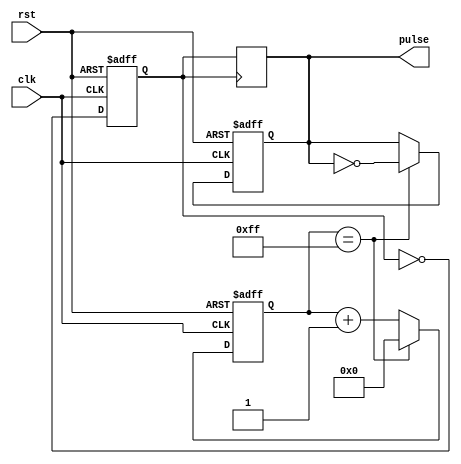
module pulse_generator(
    input clk, // Clock signal for synchronization
    input rst, // Reset signal
    output reg pulse // Output pulse signal
);

reg [7:0] counter; // Counter for pulse generation
reg sync; // Synchronization signal

// Timing control block
always @(posedge clk or posedge rst) begin
    if (rst) begin
        counter <= 8'b0;
        pulse <= 1'b0;
    end else begin
        if (counter == 8'd255) begin
            counter <= 8'b0;
            pulse <= ~pulse;
        end else begin
            counter <= counter + 8'b1;
        end
    end
end

// Synchronization block
always @(posedge clk or posedge rst) begin
    if (rst) begin
        sync <= 1'b0;
    end else begin
        sync <= ~sync;
    end
end

// Ensure precise timing by aligning output pulses with clock signal
always @(posedge sync) begin
    pulse <= sync;
end

endmodule